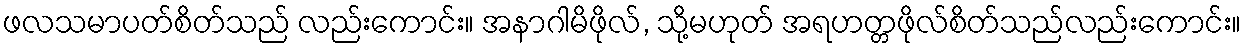
ဖလသမာပတ်စိတ်သည် လည်းကောင်း။ အနာဂါမိဖိုလ်, သို့မဟုတ် အရဟတ္တဖိုလ်စိတ်သည်လည်းကောင်း။